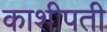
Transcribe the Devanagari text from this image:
काशीपती